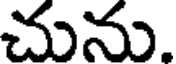
చును.